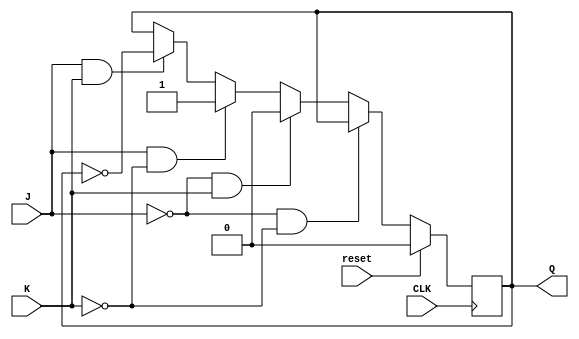
module JK(J, K, Q, CLK, reset);
	input J, K, CLK, reset;
	output reg Q;

	always @(posedge CLK) begin
			if (reset == 1)begin
				Q <= 0;
			end
			else if(J == 1'b0 && K == 1'b0)begin
				Q <= Q;
			end
			else if (J == 1'b0 && K == 1'b1)begin
				Q <= 1'b0;
			end
			else if (J == 1'b1 && K == 1'b0)begin
				Q <= 1'b1;
			end
			else if (J == 1'b1 && K == 1'b1)begin
				Q <= ~Q;	
			end
		end
endmodule